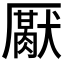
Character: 𰆪